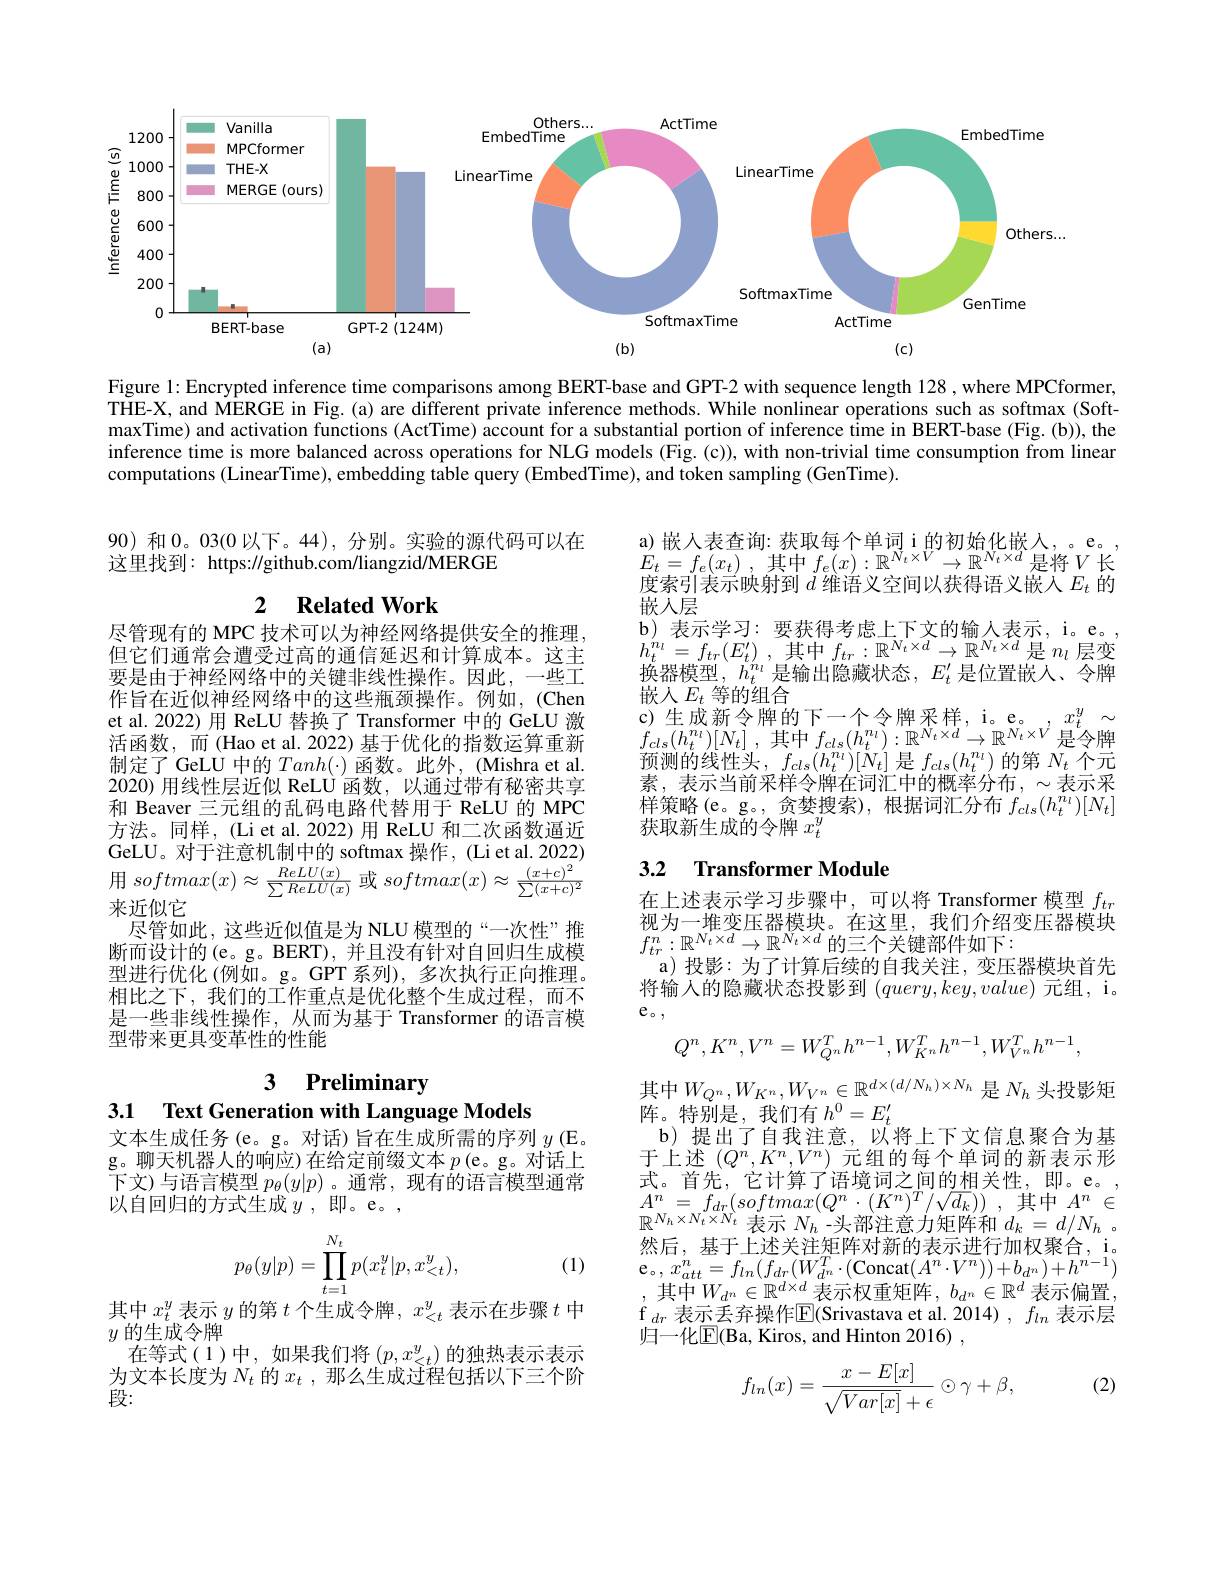
<FigureHere>

Figure 1: Encrypted inference time comparisons among BERT-base and GPT-2 with sequence length 128 ,where MPCformer, THE-X, and MERGE in Fig. (a) are different private inference methods. While nonlinear operations such as softmax (Soft-) maxTime) and activation functions (ActTime) account for a substantial portion of inference time in BERT-base (Fig.(b)), the inference time is more balanced across operations for NLG models (Fig. (c)), with non-trivial time consumption from linear computations (LinearTime), embedding table query (EmbedTime), and token sampling (GenTime).

90)和0。03(0以下。44),分别。实验的源代码可以在
这里找到：https://github.com/liangzid/MERGE

## 2 $\textbf{Related Work}$

a) 嵌人表查询：获取每个单词 i 的初始化嵌人，。e。, $E_{t}= f_{e}( x_{t})$ , 其中 $f_e(x):\mathbb{R}^{N_{t}\times V}\to\mathbb{R}^{N_{t}\times d}$是将$V$长度索引表示映射到$d$维语义空间以获得语义嵌入$E_t$的嵌人层
b) 表示学习：要获得考虑上下文的输入表示，i。e。$h_{t}^{n_{l}}= f_{tr}( E_{t}^{\prime })$ ,其中$f_tr:\mathbb{R}^{N_{t}\times d}\to\mathbb{R}^{N_{t}\times d}$是$n_l$层变换器模型，$h_t^{n_l}$是输出隐藏状态，$E_t^{\prime}$是位置嵌人、令牌嵌人$E_t$等的组合
c)生成新令牌的下一个令牌采样，i。e。,$x_t^y\sim$ $f_{cls}( h_{t}^{n_{l}}) [ N_{t}]$ ,其中$f_cls(h_{t}^{n_{l}}):\mathbb{R}^{N_{t}\times d}\to\mathbb{R}^{N_{t}\times V}$是令牌预测的线性头，$f_{cls}(h_{t}^{n_{l}})[\dot{N}_{t}]$是$f_{cls}(h_{t}^{n_{l}})$的第$N_{t}$个元素，表示当前采样令牌在词汇中的概率分布，$\sim$表示采样策略(e。g。, 贪婪搜索), 根据词汇分布$f_cls(h_t^{n_l})[N_t]$ 获取新生成的令牌$x_t^y$

尽管现有的 MPC 技术可以为神经网络提供安全的推理， 但它们通常会遭受过高的通信延迟和计算成本。这主要是由于神经网络中的关键非线性操作。因此，一些工作旨在近似神经网络中的这些瓶颈操作。例如，(Chen et al.2022)用 ReLU 替换了 Transformer 中的 GeLU 激活函数，而(Hao et al. 2022) 基于优化的指数运算重新制定了GeLU 中的$Tanh(\cdot)$函数。此外，(Mishra et al. 2020) 用线性层近似 ReLU 函数，以通过带有秘密共享和 Beaver 三元组的乱码电路代替用于 ReLU 的 MPC 方法。同样，(Li et al. 2022) 用 ReLU 和二次函数逼近GeLU。对于注意机制中的 softmax 操作，(Li et al. 2022) ${\text{用 }softmax(x)}\approx{\frac{ReLU(x)}{\sum ReLU(x)}}$或$softmax(x)\approx{\frac{(x+c)^{2}}{\sum(x+c)^{2}}}$ 来近似它
尽管如此，这些近似值是为 NLU 模型的“一次性”推断而设计的(e。g。BERT), 并且没有针对自回归生成模型进行优化 (例如。g。GPT 系列), 多次执行正向推理。相比之下，我们的工作重点是优化整个生成过程，而不是一些非线性操作，从而为基于 Transformer 的语言模型带来更具变革性的性能

## 3.2 Transformer Module

在上述表示学习步骤中，可以将 Transformer 模型$f_{t\pi}$ 视为一堆变压器模块。在这里，我们介绍变压器模块$f_{tr}^{n}:\mathbb{R}^{N_{t}\times d}\to\mathbb{R}^{N_{t}\times d}$的三个关键部件如下：
 a) 投影：为了计算后续的自我关注，变压器模块首先将输入的隐藏状态投影到$(query,key,value)$元组，i。$e$。,
$$Q^{n},K^{n},V^{n}=W_{Q^{n}}^{T}h^{n-1},W_{K^{n}}^{T}h^{n-1},W_{V^{n}}^{T}h^{n-1},$$
$$$$
3 Preliminary

3.1 Text Generation with Language Models

文本生成任务(e。g。对话)旨在生成所需的序列$y\left(\mathrm{E}_{-}\right)$ g。聊天机器人的响应)在给定前缀文本$p\left(\mathrm{e}\mathrm{。g}\mathrm{。对话上}\right.$ 下文)与语言模型$p_\theta(y|p)$。通常，现有的语言模型通常以自回归的方式生成$y$,即。e。,

其中$W_{Q^{n}},W_{K^{n}},W_{V^{n}}\in\mathbb{R}^{d\times(d/N_{h})\times N_{h}}$ 是$N_h$ 头投影矩
阵。特别是，我们有$h^0=E_t^{\prime}$
b) 提出了自我注意，以将上下文信息聚合为基于上述$(Q^n,K^n,V^n)$元组的每个单词的新表示形式。首先，它计算了语境词之间的相关性，即。e。$A^{n}$ = $f_{dr}( softmax( Q^{n}$ $\cdot$ $( K^{n}) ^{T}/ \sqrt {d_{k}}) )$ , 其中 $A^{n}$ $\in$ $\mathbb{R}^{N_{h}\times N_{t}\times N_{t}}$表示$N_h$-头部注意力矩阵和$d_k=d/N_{h}$。然后，基于上述关注矩阵对新的表示进行加权聚合，i。e。, $x_{att}^{n}= f_{ln}( f_{dr}( W_{d^{n}}^{T}\cdot ($Concat$(A^n\cdot V^{n}))+b_{d^{n}})+h^{n-1})$ 其中$W_d^n\in\mathbb{R}^{d\times d}$表示权重矩阵$,b_d^n\in\mathbb{R}^d$表示偏置， $f $_dr$ 表示丢弃操作$\mathbb{E}($Srivastava et al.2014),f_ln$ 表示层归一化$\mathbb{E}($Ba, Kiros, and Hinton 2016) ,
$$p_\theta(y|p)=\prod_{t=1}^{N_t}p(x_t^y|p,x_{<t}^y),$$
(1)

其中$x_t^y$表示$y$的第$t$个生成令牌，$x_<t^y$表示在步骤$t$中
$y$的生成令牌
在等式(1)中，如果我们将$\left(p,x_{<t}^y\right)$的独热表示表示为文本长度为$N_t$的$x_t$,那么生成过程包括以下三个阶段：

(2)
$$f_{ln}(x)=\frac{x-E[x]}{\sqrt{Var[x]}+\epsilon}\odot\gamma+\beta,$$